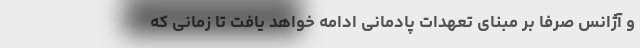
و آژانس صرفا بر مبنای تعهدات پادمانی ادامه خواهد یافت تا زمانی که